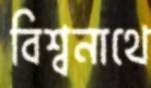
বিশ্বনাথে